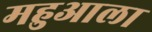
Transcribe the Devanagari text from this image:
महुआला